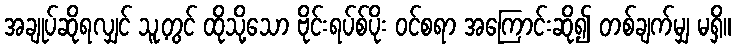
အချုပ်ဆိုရလျှင် သူ့တွင် ထိုသို့သော ဗိုင်းရပ်စ်ပိုး ဝင်စရာ အကြောင်းဆို၍ တစ်ချက်မျှ မရှိ။